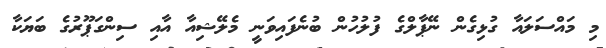
މި މައްސަލައާ ގުޅިގެން ނޭޕާލްގެ ފުލުހުން ބުނެފައިވަނީ މެލޭޝިއާ އާއި ސިންގަޕޫރުގެ ބަޔަކާ